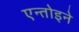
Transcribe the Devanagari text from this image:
एन्तोइने